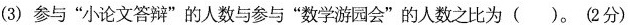
(3)参与”小论文答辩”的人数与参与”数学游园会”的人数之比为()。(2分)